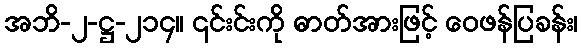
အဘိ-၂-ဋ္ဌ-၂၁၄။ ၎င်းင်းကို ဓာတ်အားဖြင့် ဝေဖန်ပြခန်း၊